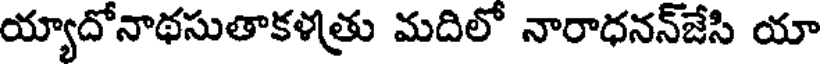
య్యాదోనాథసుతాకళత్రు మదిలో నారాధనన్జేసి యా